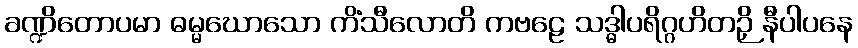
ခဏ္ဍိတောပမာ ဓမ္မဃောသော ကိံသီလောတိ ကဗဠေ သဒ္ဓါပရိဂ္ဂဟိတဉှိ နီပါပနေ